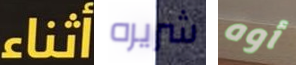
أثناء شريره أوه